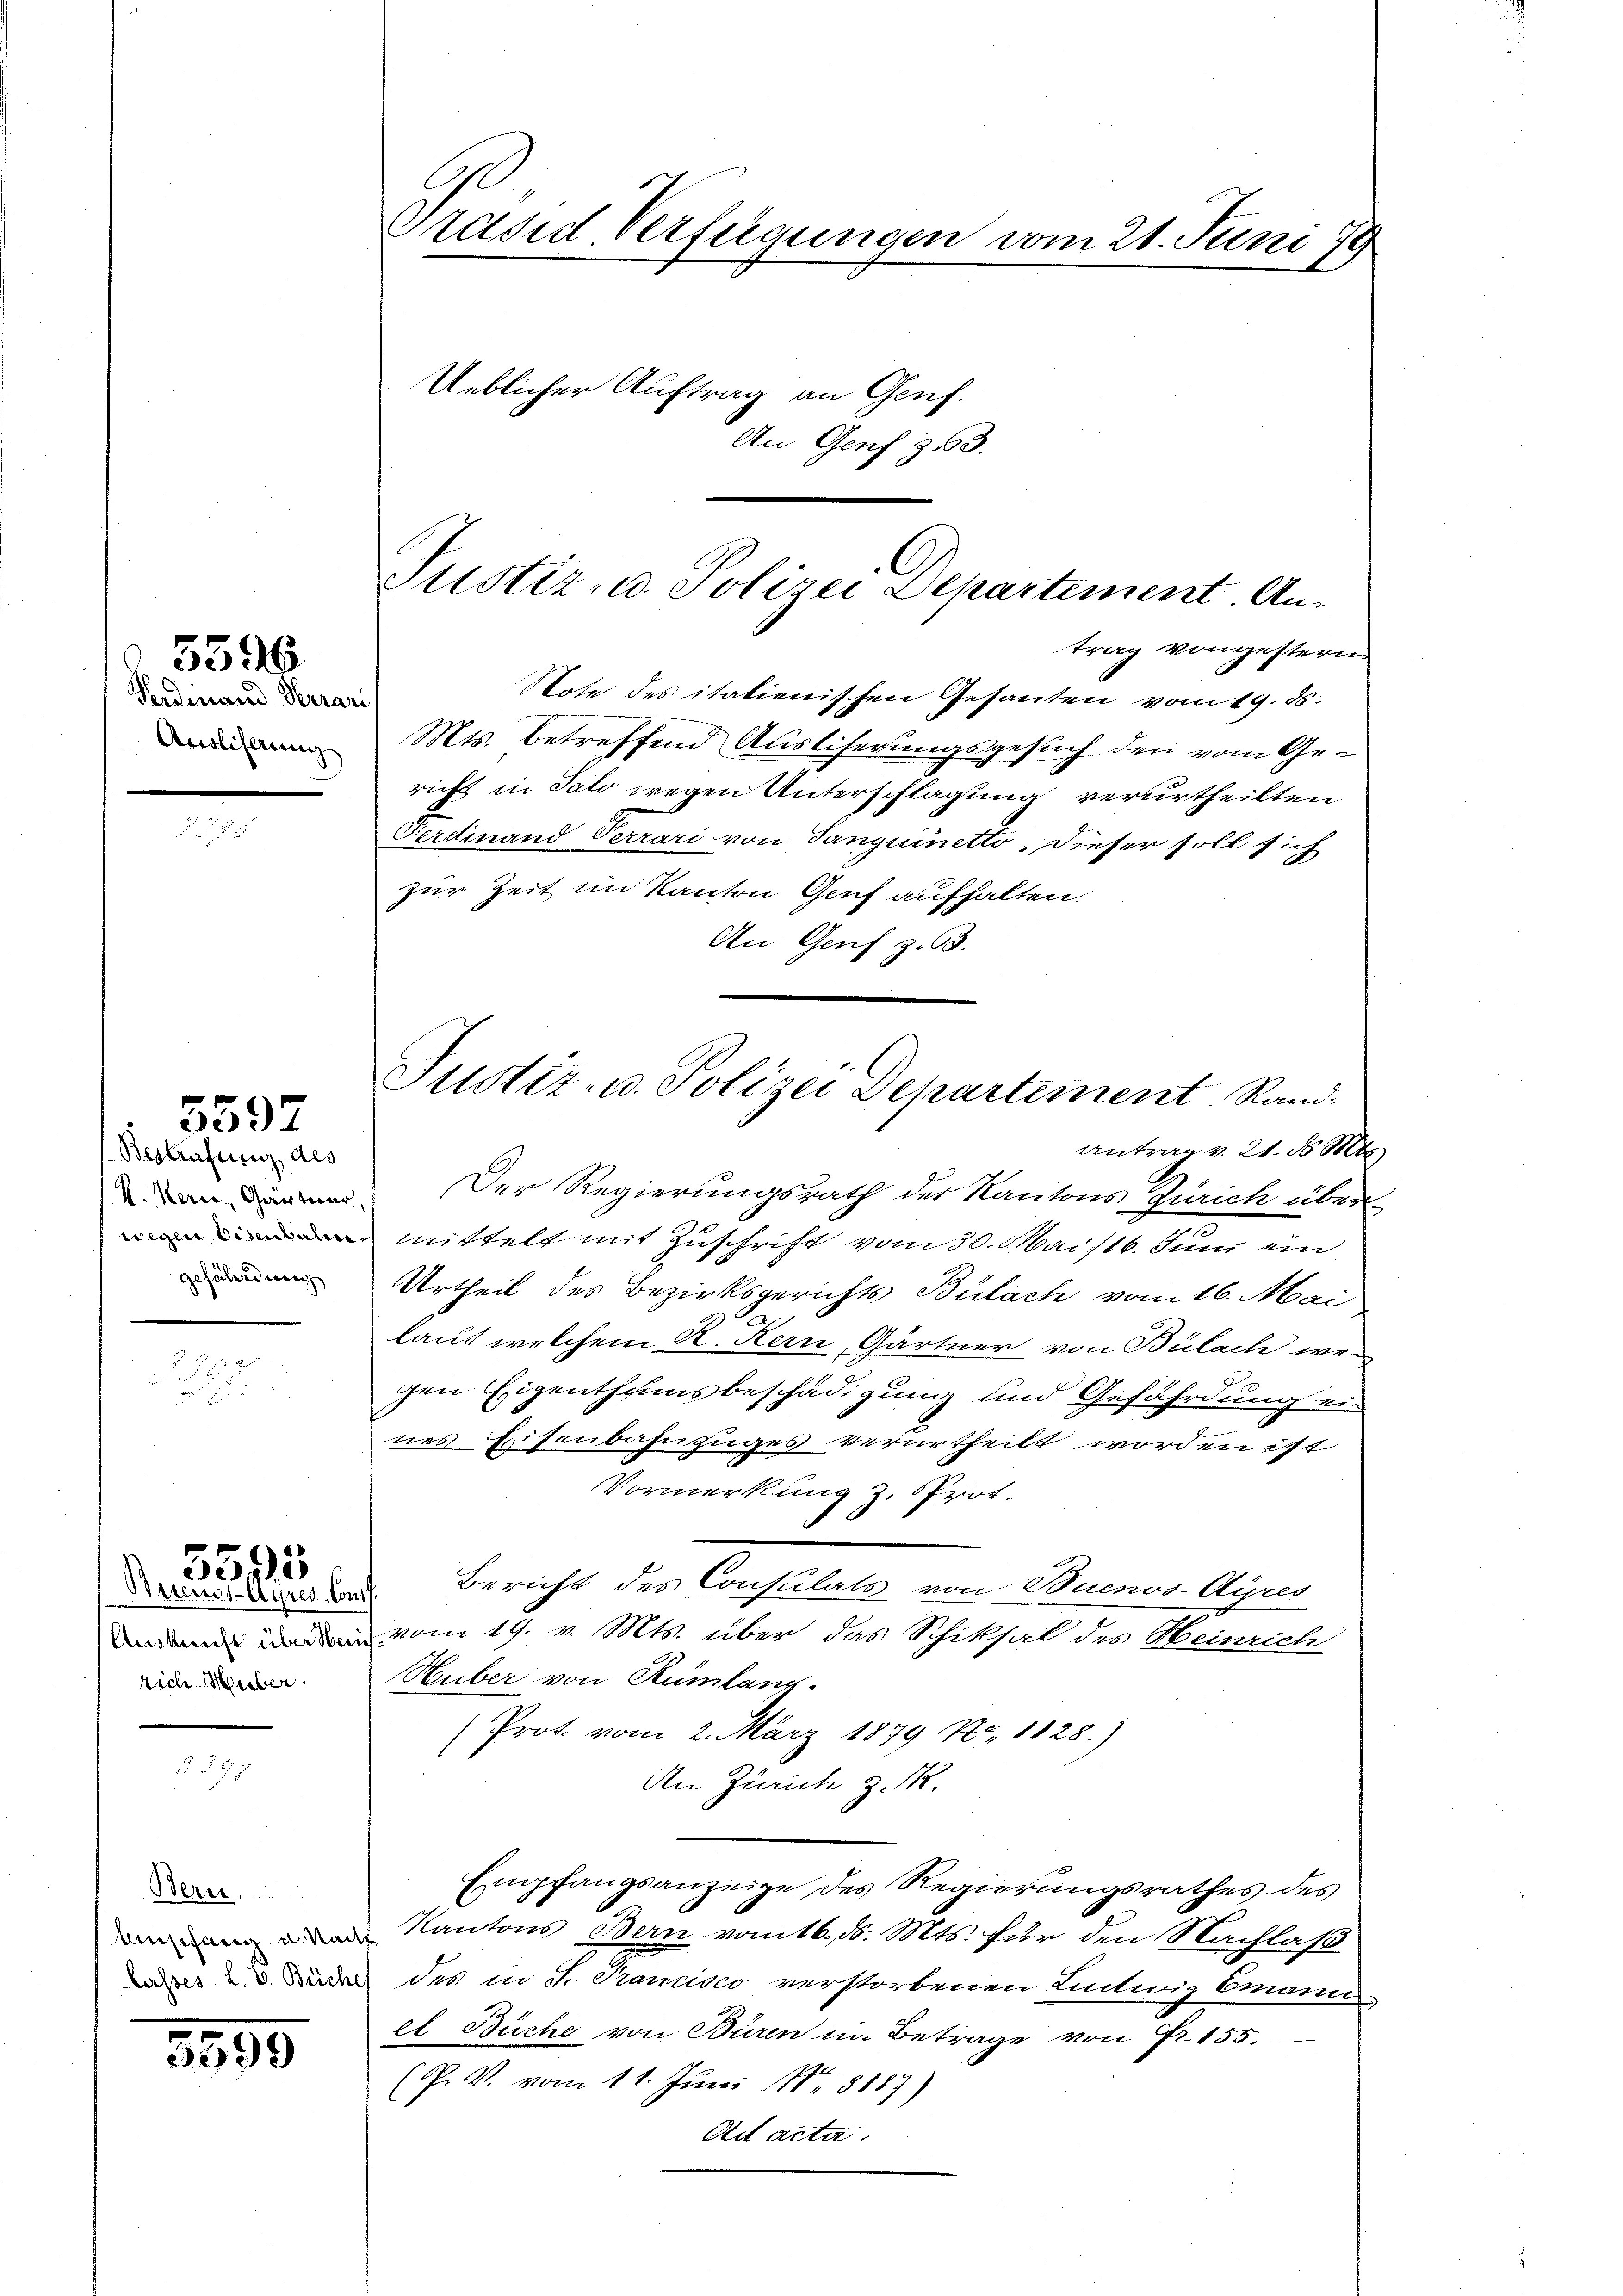
Verdinand Herra
Ausliferung
...............

5596

Bestrafung des
gefährdung

5597

2

Bricusi Ayres Cons.
rich Huber,

5595

Bern.
Anschang u. Nach

5599

Präsid. Verfügungen vom 21. Juni 19
Ueblicher Auftrag an Genf.
An Genf 368.

Justiz- u. Polizei Departement. An-
trag vongestern.

Note des italienischen Gesanten vom 19. ds.
e
Mts. betreffend Ausliferungsgesuch den vom Gericht in Salo wegen Unterschlagung verurtheilten
Ferdinand Verrari von Tanguinetto. Dieser soll sich
zur Zeit im Kanton Genf aufhalten.
An Genf z. 93.
Antrag v. 21. d. Mtt.
 Der Regierungsrath der Kantons Zürich über
mittelt mit Zuschrift vom 30. Maist 6. Juni ein
Urtheil des Bezirksgerichts Bülach vom 16. Mai
laut welchem R. Kern, Gärtner von Bülach weg
gen Eigenthumsbeschädigung und Gefährdung eines Eisenbahnzuges verurtheilt worden ist
Vormerkung z. Prot.
Bericht des Consulats von Buenos-Ayres
vom 19. v. Mts. über das Schiksal des Heinrich
Huber von Rümlang.
Prot. vom 2. März 1879 No. 1128.)
1
An Zürich z. R.
Empfangsanzeige des Regierungsrathes des
Kantons Bern vom 16. d. Mts. für den Nachlaß
 Süden des in S. Tramisco verstorbenen Ludwig Emanu
el Büche von Büren in Betrage von Fr. 155.
(P. V. vom 11. Juni 188187)
Ad acta.

Justiz- u. Polizei Departement Rand-